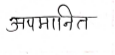
मजकूर: अपमानित